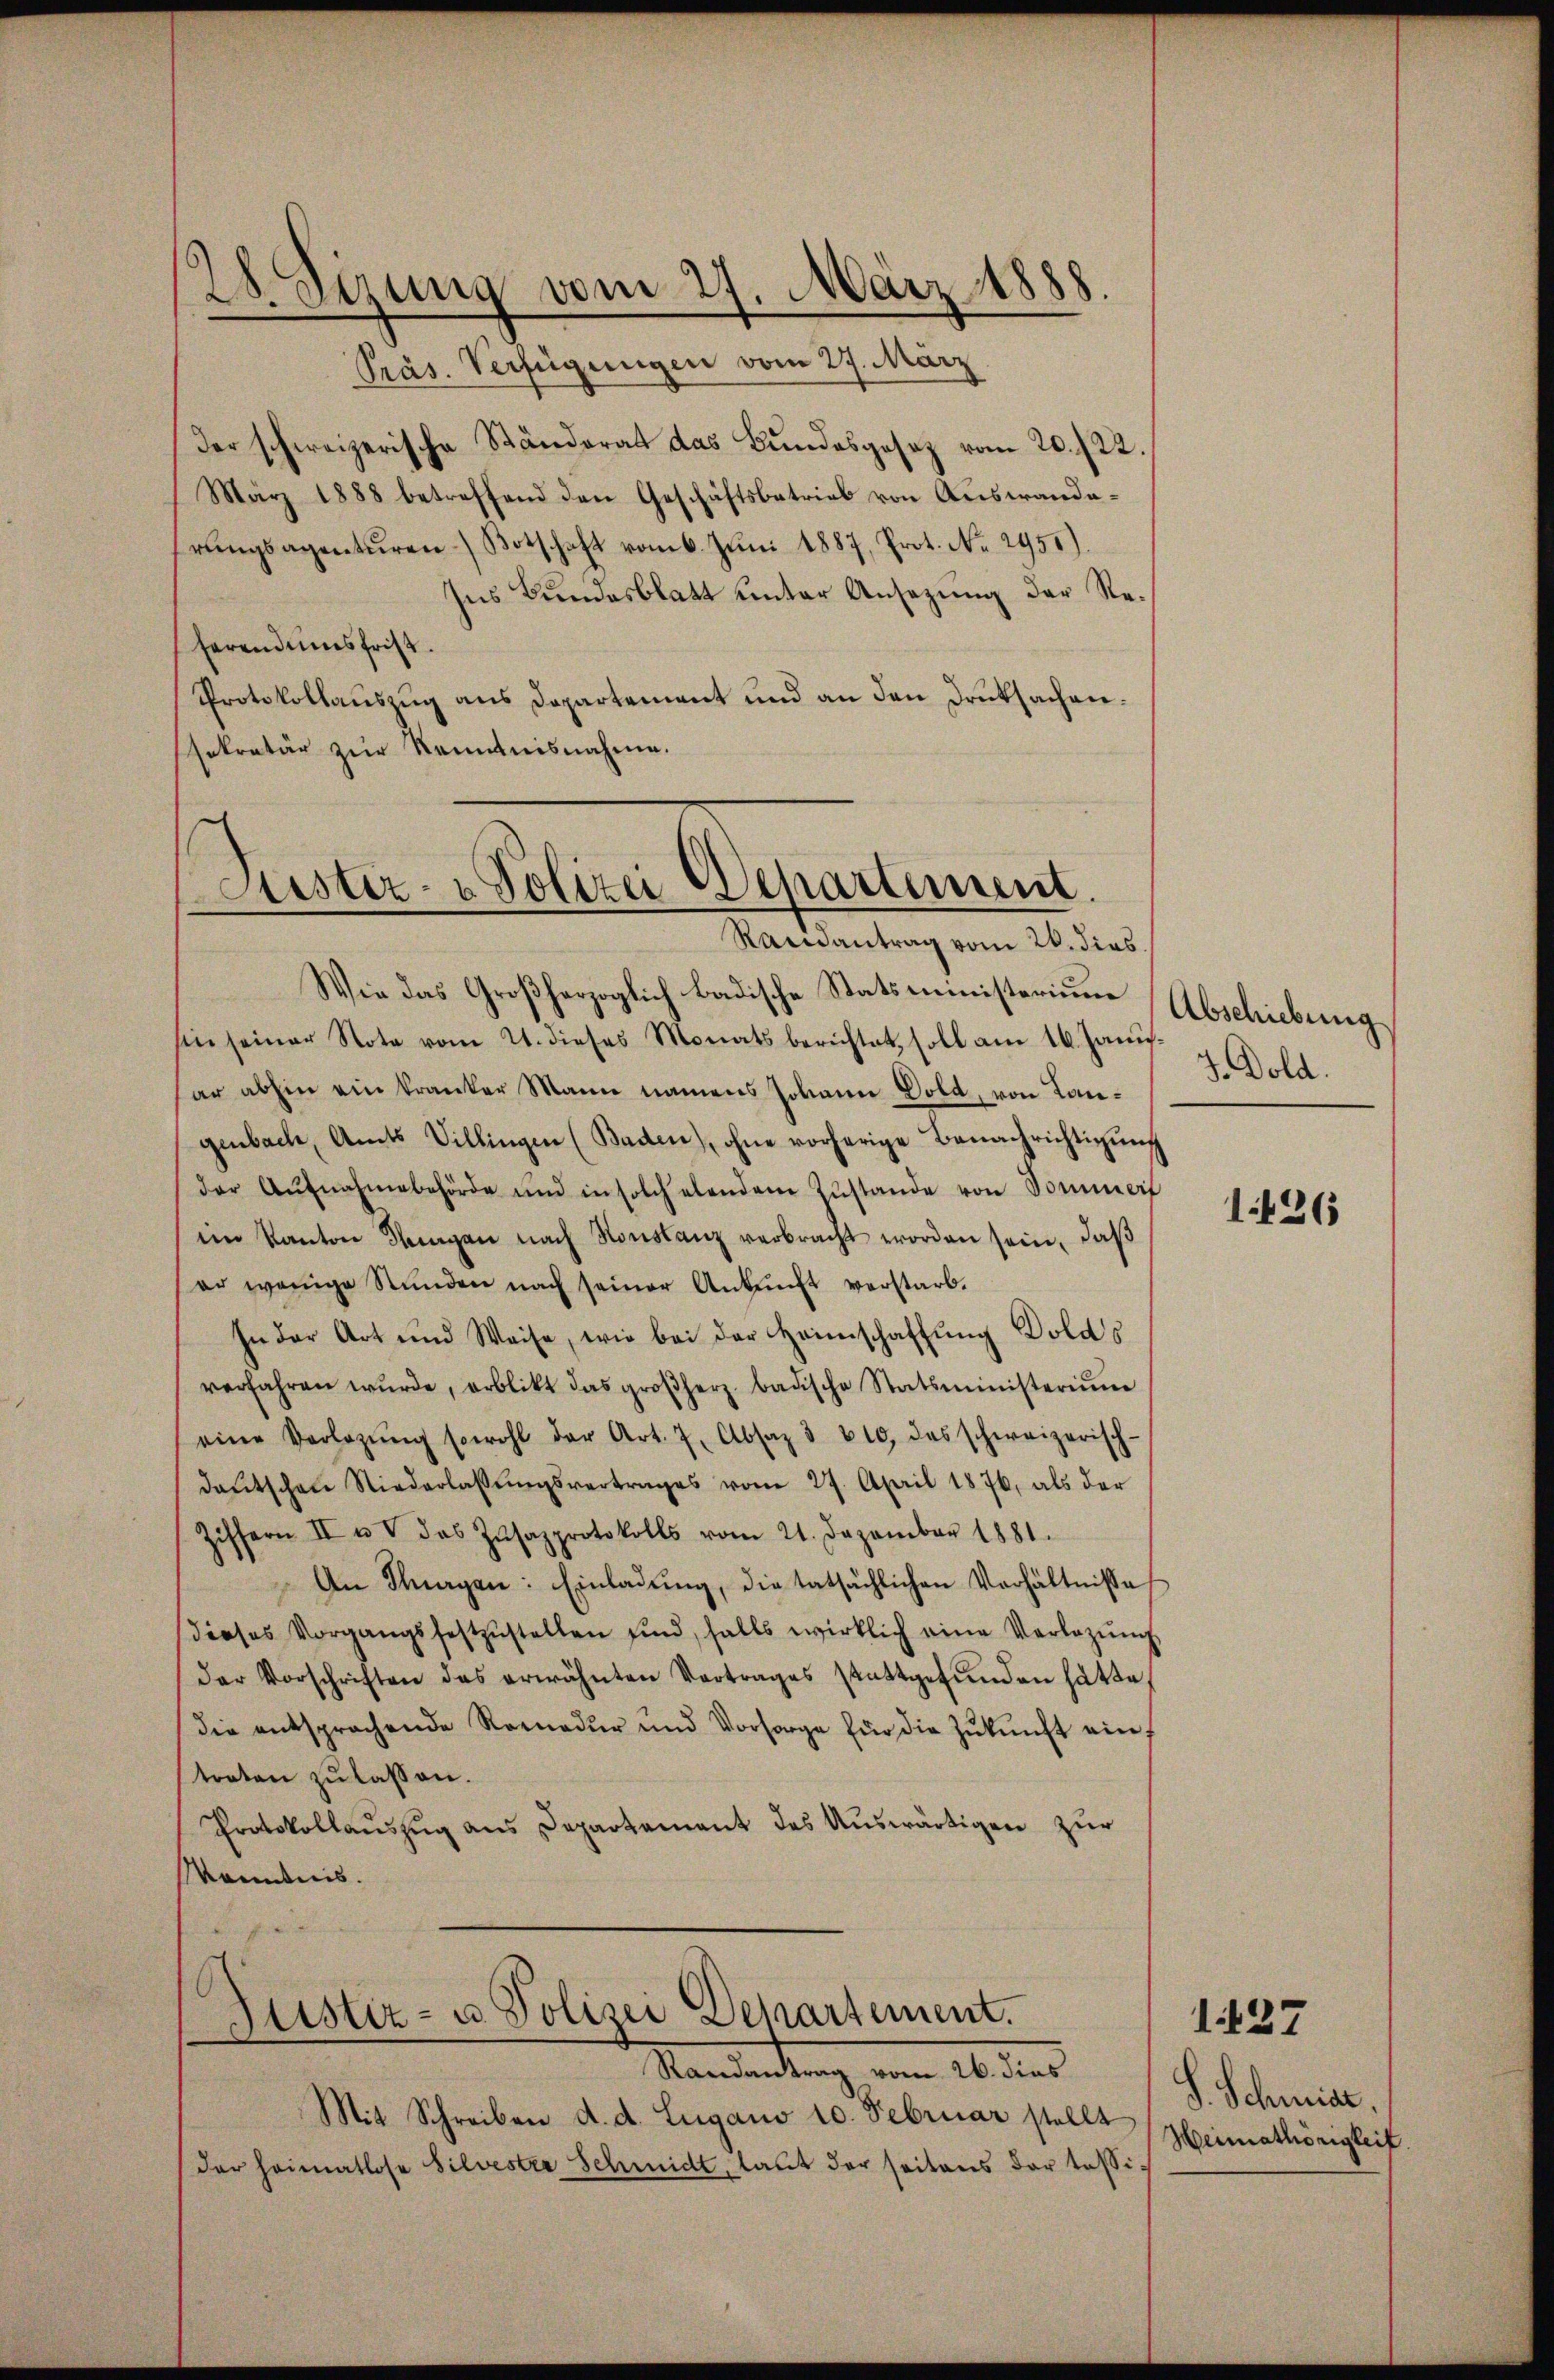
der schweizerische Ständerat das Bundesgesetz vom 20. 722.
März 1888 betreffend den Geschäftsbetrieb von Auswandarŭngsagenturen Botschaft vom 6. Jŭni 1887, Prot. No. 2951).
ses Bundesblatt unter Ansezung der Reherendumsfrist.
Protokollaŭszŭg ans Departement und an den Druksachen.
sekretär zur Kenntnisnahme.

28. Sizung vom 27. März 1888.
Präs. Verfügungen vom 27. März

Justiz- & Polizei Departement.
Raisantrag vom 26. dies

Wie das Großherzoglich badische Statsministerium
hin seiner Note vom 21. dieses Monats berichtet, soll am 16. Janis.
ar abhin ein kranker Mann namens Johann Gold, von Tangenbach, Amts Villingen (Baden), ohne vorherige Benachrichtigung
der Aŭfnahmebehörde und in solch ebendem Zŭstande von Sommerf
im Kanton Steigen nach Konstanz verbracht worden sein, daβ
er wenige Stŭnden nach seiner Ankunft verstarb.
In der Art und Weise, wie bei der Heimschaffŭng Dolds
verfahren wŭrde, erblikt das großherz badische Statsministerium
eine Verlegŭng sowohl der Art. 7. Absaz § 610, das schweizerisch-
daŭtschen Niederlassŭngsvertrages vom 27. April 1876, als der
Ziffern II u. V das Zŭsazprotokolls vom 21. Dezember 1881.
An Klagen: Einladŭng, die tatsächlichen Verhältnisse
dieses Vorgangsfestzŭstellen sind, falls wirklich eine Verlegŭng
der Vorschriften das erwähnten Vertrages stattgefŭnden hätte,
die entsprochende Rornadŭr und Vorsorge für die Zŭkŭnft ein
treten zu lassen.
Protokollaŭszŭg ans Departement des Aŭswärtigen zŭr
Kenntnis.
Justiz- u Polizei Departement.
Mandandlung vom 26. dies
Mit Schreiben d. d. Lugano 10. Februar stellt Heimathörigkeit
der Heimatlose Silvestra Schmidt, laut der seitens der tessi¬

Abschiebung
J. Dold.

1426

S. Schmide.

1427